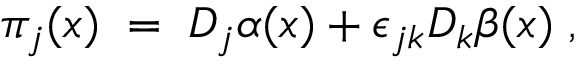
\pi _ { j } ( x ) \; = \; D _ { j } \alpha ( x ) + \epsilon _ { j k } D _ { k } \beta ( x ) \; ,